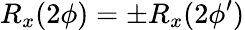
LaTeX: R_{x}(2\phi)=\pm R_{x}(2\phi^{\prime})